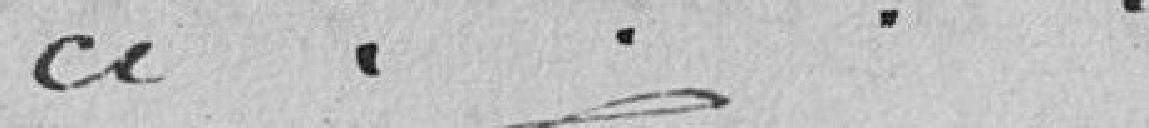
ci